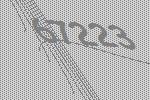
67223